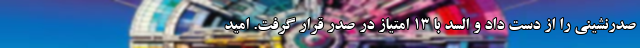
صدرنشینی را از دست داد و السد با ۱۳ امتیاز در صدر قرار گرفت. امید